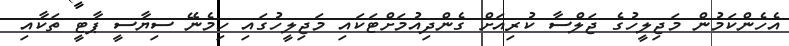
އެހެންކަމުން މަޖިލީހުގެ ޖަލްސާ ކުރިއަށް ގެންދިއުމަށްޓަކައި މަޖިލީހުގައި ހިމެނޭ ސިޔާސީ ޕާޓީ ތަކާއި